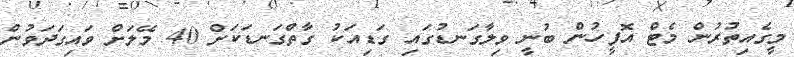
މީގެއިތުރުން މެޓް އޮފީހުން ބުނީ ވިލާގަނޑުގައި ގަޑިއަކު ގާތްގަނޑަކަށް 40 މޭލަށް ވައިގަދަވުން